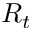
R _ { t }